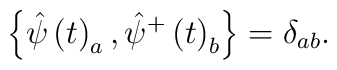
\left\{ \hat{\psi}\left( t\right) _a,\hat{\psi}^{+}\left( t\right)_b\right\} =\delta _{ab}.